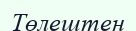
Төлештен